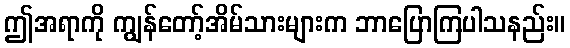
ဤအရာကို ကျွန်တော့်အိမ်သားများက ဘာပြောကြပါသနည်း။